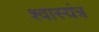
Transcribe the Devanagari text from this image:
श्वास्यंत्र